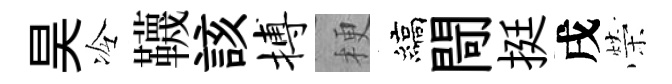
昊冷韈該搏梗縞閜挺戌榮